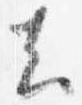
去